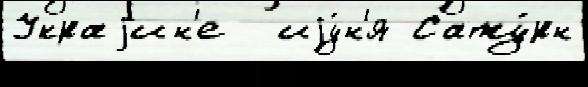
Украjин'е  иjу́н'я Сату́рн